Mediterranean fever in India - Number 22
Disease focus: Fever
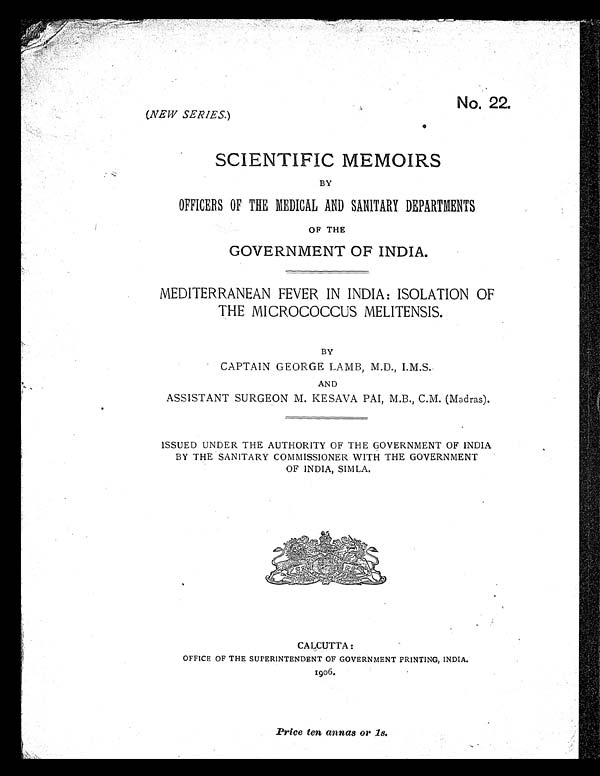
No. 22.
(NEW SERIES. )
SCIENTIFIC MEMOIRS
BY
OFFICERS OF THE MEDICAL AND SANITARY DEPARTMENTS
OF THE
GOVERNMENT OF INDIA.
MEDITERRANEAN FEVER IN INDIA : ISOLATION OF
THE MICROCOCCUS MELITENSIS.
BY
CAPTAIN GEORGE LAMB, M.D., I.M.S.
AND
ASSISTANT SURGEON M. KESAVA PAI, M.B., C.M. (Madras).
ISSUED UNDER THE AUTHORITY OF THE GOVERNMENT OF INDIA
BY THE SANITARY COMMISSIONER WITH THE GOVERNMENT
OF INDIA, SIMLA.
CALCUTTA:
OFFICE OF THE SUPERINTENDENT OF GOVERNMENT PRINTING, INDIA.
1906.
Price ten annas or 1s.